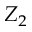
Z _ { 2 }